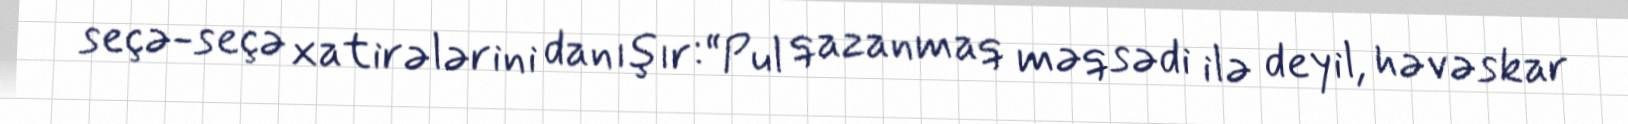
seçə-seçə xatirələrini danışır:“Pul qazanmaq məqsədi ilə deyil, həvəskar